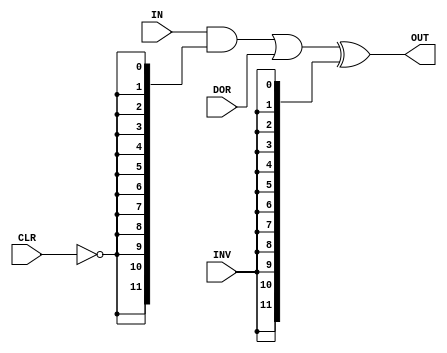
//
// ClrOrInv.v - for the PDP-8 in Verilog project
//
// github.com/SmallRoomLabs/PDP8-Verilog
// Mats Engstrom - mats.engstrom@gmail.com
//
// ClrOrInv | 2 | 2 | 1 | 0
//

`default_nettype none

module ClrOrInv (
  input [11:0] IN,
  input CLR,
  input [11:0] DOR,
  input INV,
  output [11:0] OUT
);

wire nCLR          = ~CLR;
wire [11:0] stage1 = IN & {12{nCLR}};
wire [11:0] stage2 = stage1 | DOR;
wire [11:0] stage3 = stage2 ^ {12{INV}};
assign OUT         = stage3;

endmodule